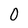
Character: 0